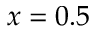
x = 0 . 5